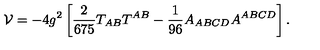
\mathcal { V } = - 4 g ^ { 2 } \left[ { \frac { 2 } { 6 7 5 } } T _ { A B } T ^ { A B } - { \frac { 1 } { 9 6 } } A _ { A B C D } A ^ { A B C D } \right] .